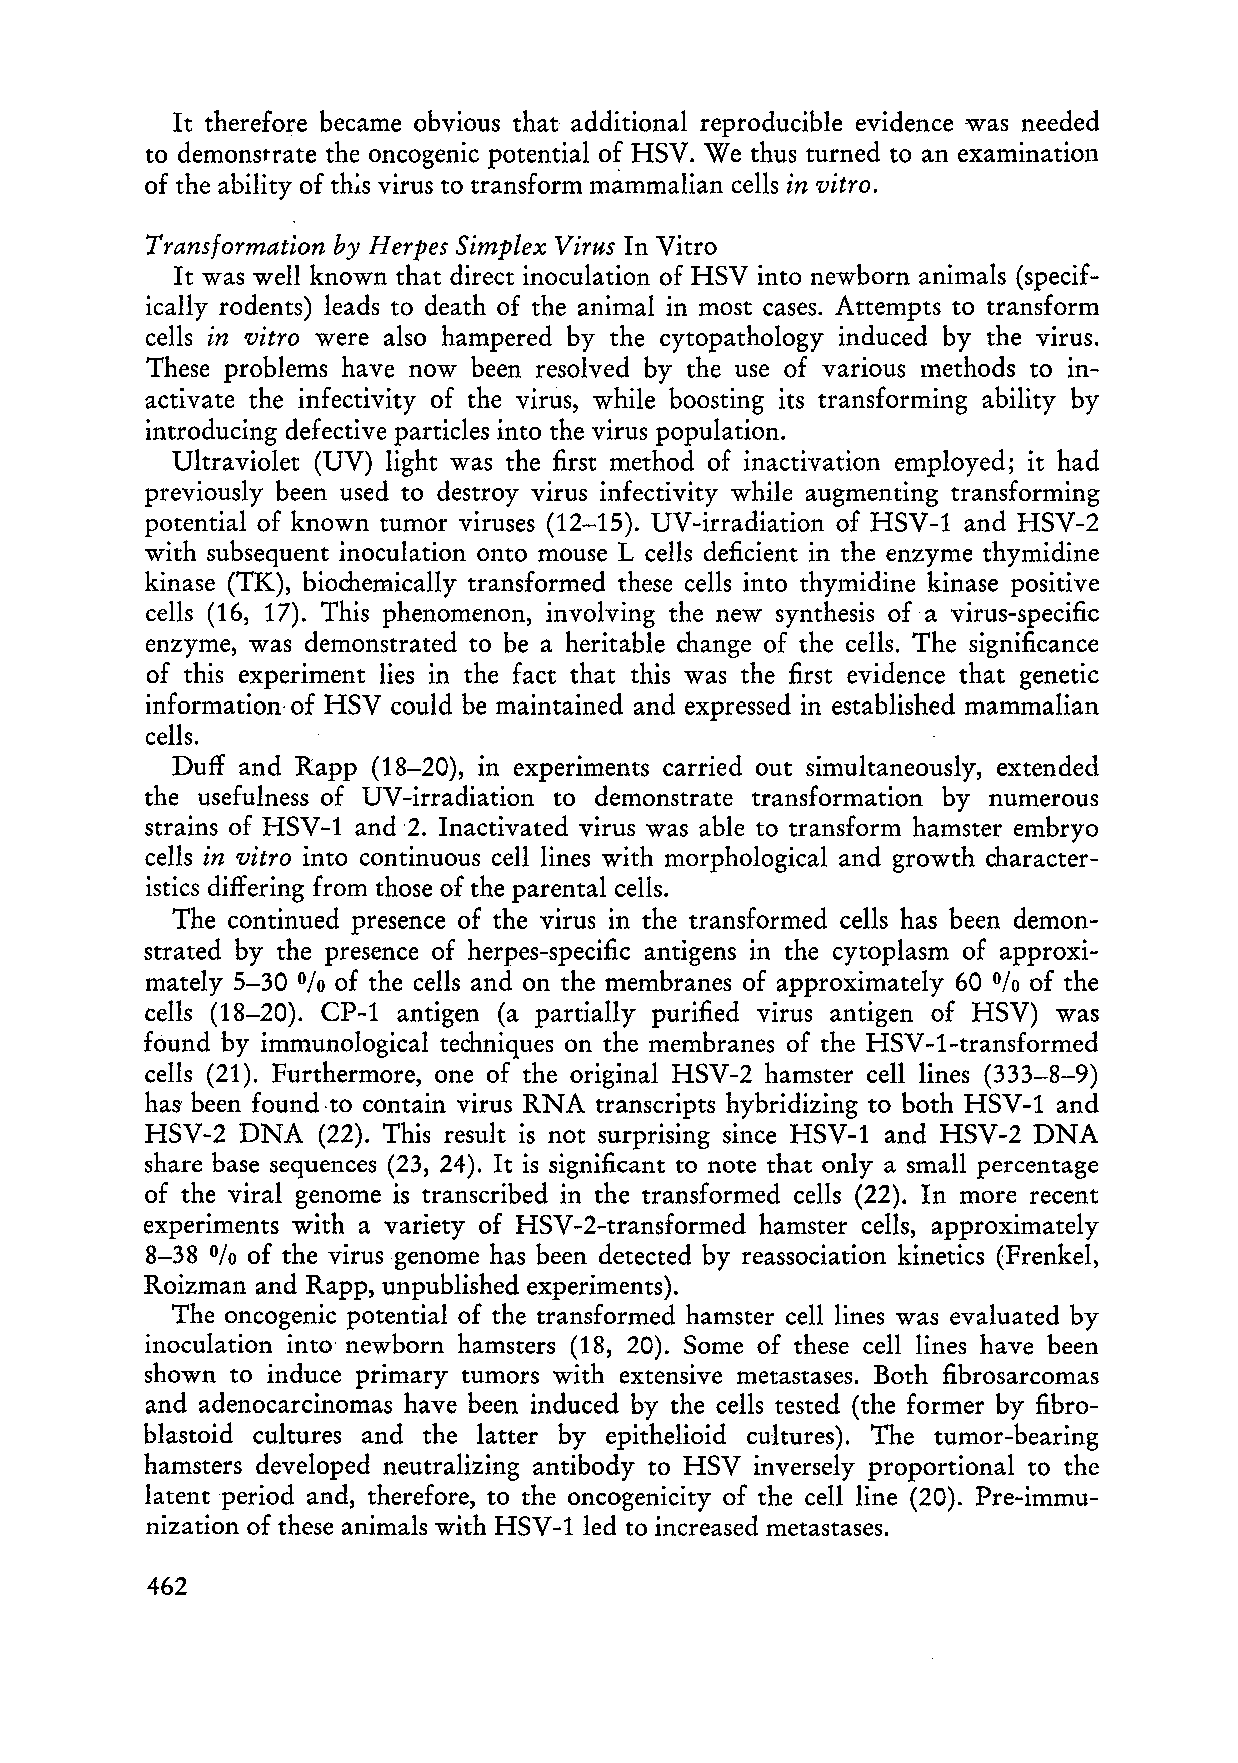
It therefore became obvious that additional reproducible evidence was needed
 to demonstrate the oncogenic potential of HSV. We thus turned to an examinatioll
 of the ability of th~s virus to transform mammalian cells in vitra.
 Transformation by Herpes Simplex Virus In Vitro
 It was well known that direct inoculation of HSV into newborn animals (specif
 ically rodents) leads to death of the animal in most cases. Attempts to transform
 cells in vitro were also hampered by the cytopathology induced by the virus.
 These problems have now been resolved by the use of various methods to in
 activate the infectivity of the virus, while boosting its transforming ability by
 introducing defective particles into the virus population.
 Ultraviolet (UV) light was the first method of inactivation employed; it had
 previously been used to destroy virus infectivity while augmenting transforming
 potential of known tumor viruses (12-15). UV-irradiation of HSV-l and HSV-2
 with subsequent inoculation onto mouse L cells deficient in the enzyme thymidine
 kinase (TK), biochemically transformed these cells into thymidine kinase positive
 cells (16, 17). This phenomenon, involving the new synthesis ofa virus-specific
 enzyme, was demonstrated to be a heritable change of the cells. The significance
 of this experiment lies in the fact that this was the first evidence that genetic
 information· of HSV could be maintained and expressed in established mammalian
 cells.
 Duff and Rapp (18-20), in experiments carried out simultaneously, extended
 the usefulness of UV-irradiation to demonstrate transformation by numerous
 strains of HSV- 1 and '2. Inactivated virus was able to transform hamster embryo
 cells in vitro into continuous cell lines with morphological and growth character
 istics differing from those of the parental cells.
 The continued presence of the virus in the transformed cells has been demon
 strated by the presence of herpes-specific antigens in the cytoplasm of approxi
 mately 5-30 of the cells and on the membranes of approximately 60 of the
 %                                             %
 cells (18-20). CP-l antigen (a partially purified virus antigen of HSV) was
 found by immunological techniques on the membran es of the HSV- l-transformed
 cells (21). Furthermore, one of the original HSV-2 hamster cell lines (333-8-9)
 has been found·to contain virus RNA transcripts hybridizing to both HSV-l and
 HSV-2 DNA  (22). This result is not surprising since HSV-l and HSV-2 DNA
 share base sequences (23, 24). It is significant to note that only a small percentage
 of the viral genome is transcribed in the transformed cells (22). In more recent
 experiments with a variety of HSV-2-transformed hamster cells, approximately
 8-38   of the virus genome has been detected by reassociation kinetics (Frenkel,
 %
 Roizman and Rapp, unpublished experiments).
 The oncogenic potential of the transformed hamster cell lines was evaluated by
 inoculation into newborn hamsters (18, 20). Some of these cell lines have been
 shown to induce primary tumors with extensive metastases. Both fibrosarcomas
 and adenocarcinomas have been induced by the cells tested (the former by fibro
 blastoid cultures and the latter by epithelioid cultures). The tumor-bearing
 hamsters developed neutralizing antibody to HSV inversely proportional to thc
 latentperiod and, therefore, to the oncogenicity of the cell line (20). Pre-immu
 nization of these animals with HSV-lled to increased metastases.
 462